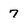
Character: 7